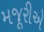
મજૂરીએ